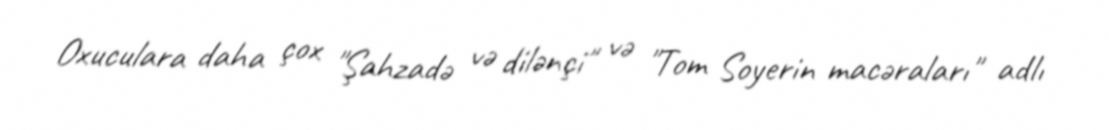
Oxuculara daha çox "Şahzadə və dilənçi" və "Tom Soyerin macəraları" adlı